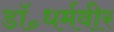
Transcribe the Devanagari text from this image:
डॉ॰धर्मवीर